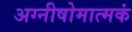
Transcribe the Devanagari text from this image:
अग्नीषोमात्मकं